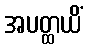
အပတ္ထယိံ